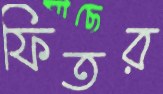
ফিতর